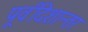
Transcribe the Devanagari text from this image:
पूर्वीदेशान्तर